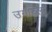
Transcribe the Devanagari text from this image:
उगारला